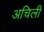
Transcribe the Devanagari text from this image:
अचिली